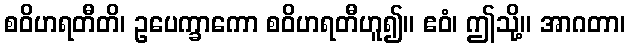
စဝိဟရတီတိ၊ ဥပေက္ခာကော စဝိဟရတီဟူ၍။ ဧဝံ၊ ဤသို့။ အာဂတာ၊